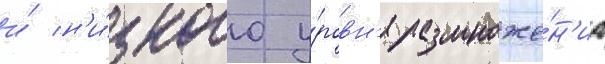
и́ н'и́зкого у́ровн'я размноже́н'иа